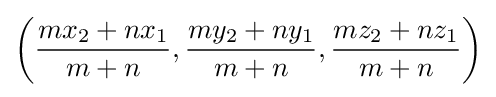
\left({\frac {mx_{2}+nx_{1}}{m+n}},{\frac {my_{2}+ny_{1}}{m+n}},{\frac {mz_{2}+nz_{1}}{m+n}}\right)